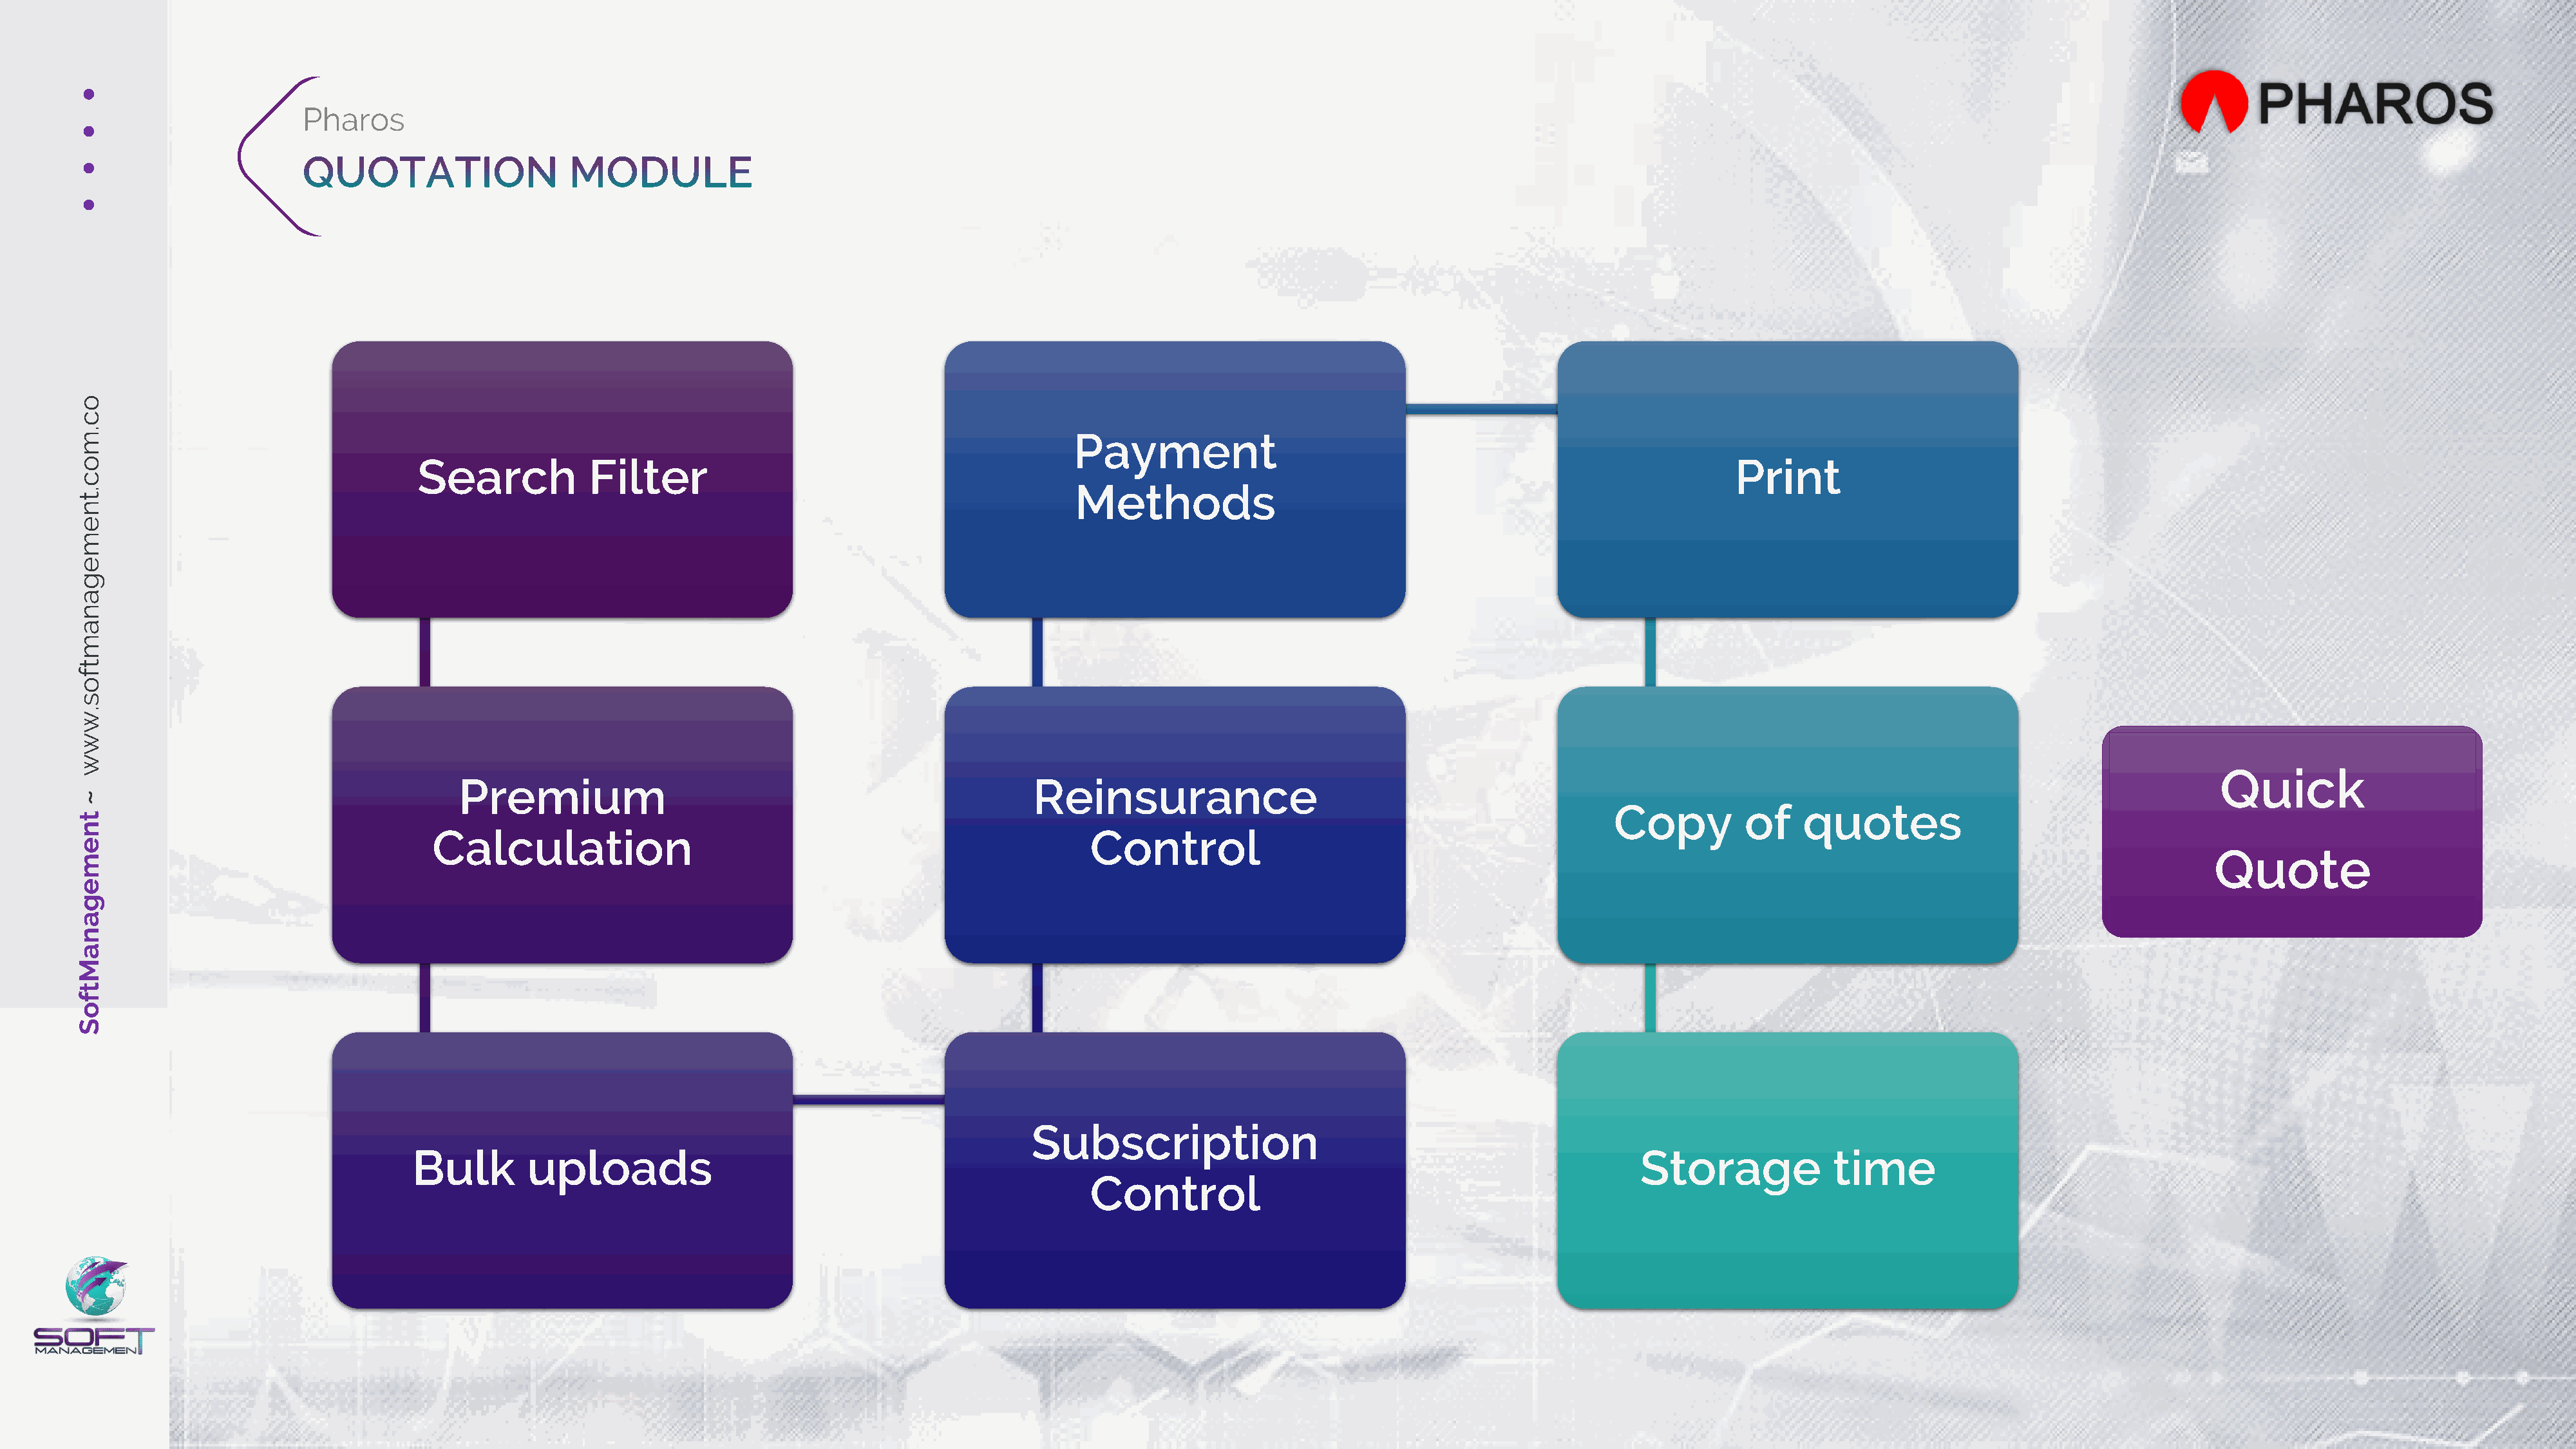
o
 c
 .
 m                                                                                                     Payment
 o                                  Search            Filter                                                                                                               Print
 c
 .                                                                                                     Methods
 t
 n
 e
 m
 e
 g
 a
 n
 a
 m
 t
 f
 o
 s
 .
 w
 w
 w
 Quick
 Premium                                                    Reinsurance
 ~
 Copy         of    quotes
 t
 n
 Calculation                                                         Control
 e
 Quote
 m
 e
 g
 a
 n
 a
 M
 t
 f
 o
 S
 Subscription
 Bulk        uploads                                                                                                            Storage            time
 Control